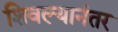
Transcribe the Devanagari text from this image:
शिवल्यानंतर